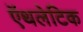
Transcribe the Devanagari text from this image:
ऍथलेटिक